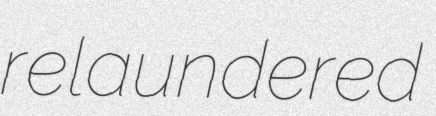
relaundered